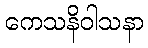
ကေသနိဝါသနာ